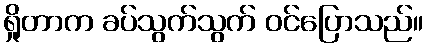
ရှိုတာက ခပ်သွက်သွက် ဝင်ပြောသည်။